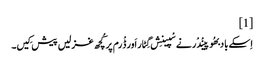
[1]
اِسکے باد بھُوپینْدْر نے سْپینِش گِٹار اَور ڈْرم پر کُچھ غزلیں پیش کِیں۔